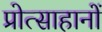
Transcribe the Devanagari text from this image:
प्रोत्साहानों